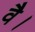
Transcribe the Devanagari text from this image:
वै।